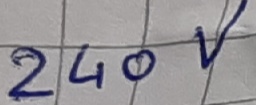
Text: 240V